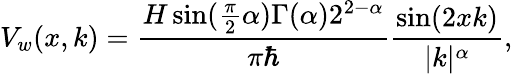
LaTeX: V_{w}(x,k)=\frac{H\sin(\frac{\pi}{2}\alpha)\Gamma(\alpha)2^{2-\alpha}}{\pi\hbar}\frac{\sin(2xk)}{|k|^{\alpha}},